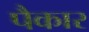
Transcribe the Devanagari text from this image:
पैकार